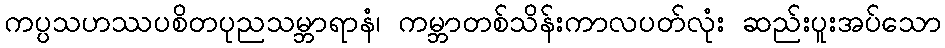
ကပ္ပသဟဿပစိတပုညသမ္ဘာရာနံ၊ ကမ္ဘာတစ်သိန်းကာလပတ်လုံး ဆည်းပူးအပ်သော